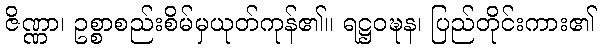
ဇိဏ္ဏာ၊ ဥစ္စာစည်းစိမ်မှယုတ်ကုန်၏။ ရဋ္ဌဝဍ္ဎန၊ ပြည်တိုင်းကား၏